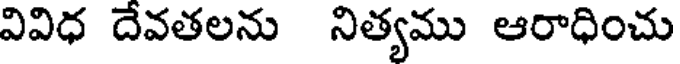
వివిధ దేవతలను నిత్యము ఆరాధించు